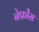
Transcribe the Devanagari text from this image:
नेफ्रोंस